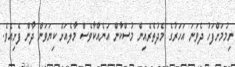
ނިމުމަށްފަހު ދެވަނަ އަހަރުގެ މެދުތެރެއިން މުސްކާން އަނެއްކާވެސް މާލެއަށް ކިޔަވަން ދާން ފެށިއެވެ.